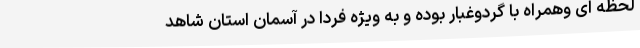
لحظه ای وهمراه با گردوغبار بوده و به ویژه فردا در آسمان استان شاهد